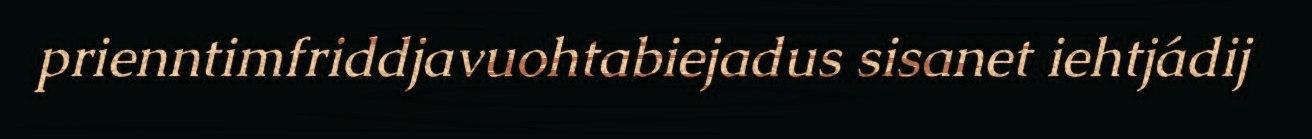
prienntimfriddjavuohtabiejadus sisanet iehtjádij